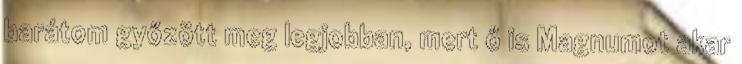
barátom győzött meg legjobban, mert ő is Magnumot akar